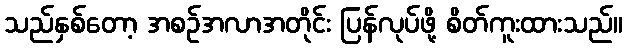
သည်နှစ်တော့ အစဉ်အလာအတိုင်း ပြန်လုပ်ဖို့ စိတ်ကူးထားသည်။